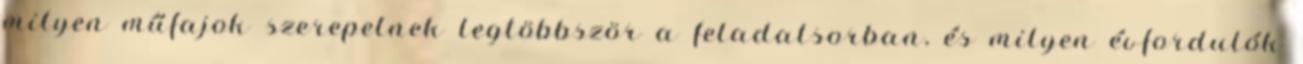
milyen műfajok szerepelnek legtöbbször a feladatsorban, és milyen évfordulók